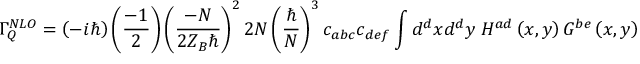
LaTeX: \Gamma _ { Q } ^ { N L O } = \left( - i \hbar \right) \left( \frac { - 1 } { 2 } \right) \left( \frac { - N } { 2 Z _ { B } \hbar } \right) ^ { 2 } 2 N \left( \frac { \hbar } { N } \right) ^ { 3 } c _ { a b c } c _ { d e f } \int d ^ { d } x d ^ { d } y \; H ^ { a d } \left( x , y \right) G ^ { b e } \left( x , y \right) G ^ { c f } \left( x , y \right)